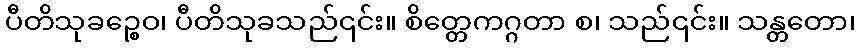
ပီတိသုခဉ္စေဝ၊ ပီတိသုခသည်၎င်း။ စိတ္တေကဂ္ဂတာ စ၊ သည်၎င်း။ သန္တတော၊